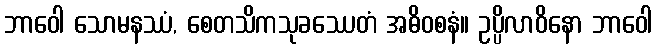
ဘာဝေါ သောမနဿံ, စေတသိကသုခဿေတံ အဓိဝစနံ။ ဥပ္ပိလာဝိနော ဘာဝေါ